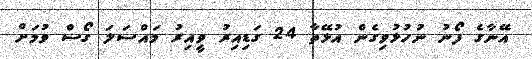
އޭނާގެ ފޯނު ނުހުޅުވިގެން އުޅޭތާ 24 ގަޑިއިރު ވީިއިރު މައްސަލަ ގޯސް ވުމަށް